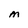
Character: M